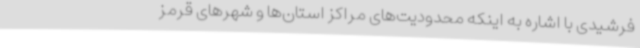
فرشیدی با اشاره به اینکه محدودیت‌های مراکز استان‌ها و شهرهای قرمز